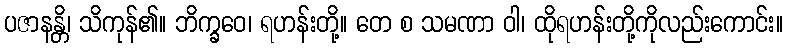
ပဇာနန္တိ၊ သိကုန်၏။ ဘိက္ခဝေ၊ ရဟန်းတို့။ တေ စ သမဏာ ဝါ၊ ထိုရဟန်းတို့ကိုလည်းကောင်း။